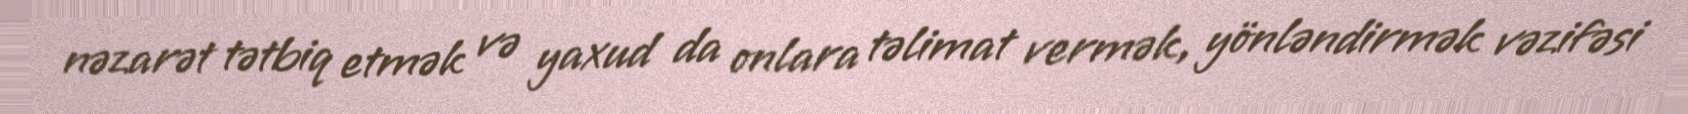
nəzarət tətbiq etmək və yaxud da onlara təlimat vermək, yönləndirmək vəzifəsi